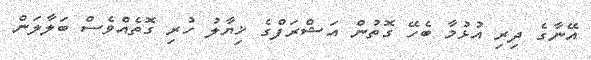
އޭނާގެ ދިރި އުޅުމާ ބެހޭ ގޮތުން އަޝްރަފްގެ ޚިޔާލު ހުރި ގޮތެއްވެސް ބަލާލަން